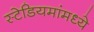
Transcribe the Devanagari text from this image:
स्टेडियमांमध्ये